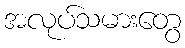
အလုပ်သမားတွေ